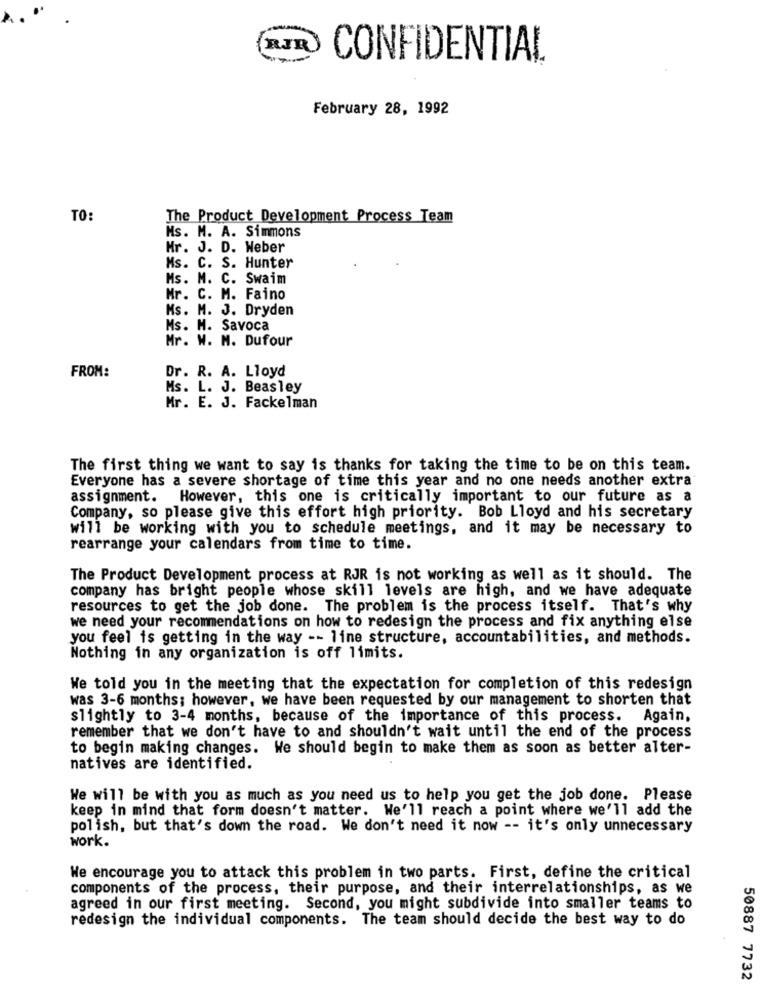
RIR
CONFIDENTIAL
February 28, 1992
TO:
The Product Development Process Team
Ms. M. A. Simmons
Mr. J. D. Weber
Ms. C. S. Hunter
Ms. M. C. Swaim
Mr. C. M. Faino
Ms. M. J. Dryden
Ms. H. Savoca
Mr. W. M. Dufour
FROM:
Dr. R. A. Lloyd
Ms. L. J. Beasley
Mr. E. J. Fackelman
The first thing we want to say is thanks for taking the time to be on this team.
Everyone has a severe shortage of time this year and no one needs another extra
assignment. However, this one is critically important to our future as a
Company, so please give this effort high priority. Bob Lloyd and his secretary
will be working with you to schedule meetings, and it may be necessary to
rearrange your calendars from time to time.
The Product Development process at RJR is not working as well as it should. The
company has bright people whose skill levels are high, and we have adequate
resources to get the job done. The problem is the process itself. That's why
we need your recommendations on how to redesign the process and fix anything else
you feel is getting in the way -- line structure, accountabilities, and methods.
Nothing in any organization is off limits.
We told you in the meeting that the expectation for completion of this redesign
was 3-6 months; however, we have been requested by our management to shorten that
slightly to 3-4 months, because of the importance of this process. Again,
remember that we don't have to and shouldn't wait until the end of the process
to begin making changes. We should begin to make them as soon as better alter-
natives are identified.
We will be with you as much as you need us to help you get the job done. Please
keep in mind that form doesn't matter. We'll reach a point where we'll add the
polish, but that's down the road. We don't need it now -- it's only unnecessary
work.
We encourage you to attack this problem in two parts. First, define the critical
components of the process, their purpose, and their interrelationships, as we
agreed in our first meeting. Second, you might subdivide into smaller teams to
redesign the individual components. The team should decide the best way to do
50887 7732